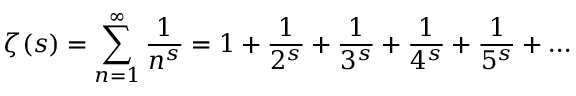
\zeta ( s ) = \sum _ { n = 1 } ^ { \infty } { \frac { 1 } { n ^ { s } } } = 1 + { \frac { 1 } { 2 ^ { s } } } + { \frac { 1 } { 3 ^ { s } } } + { \frac { 1 } { 4 ^ { s } } } + { \frac { 1 } { 5 ^ { s } } } + \ldots